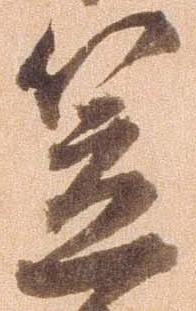
笠